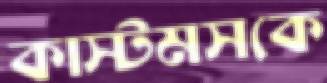
কাস্টমসকে